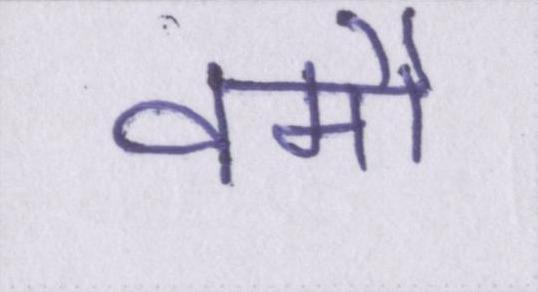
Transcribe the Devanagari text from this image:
वर्मी